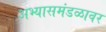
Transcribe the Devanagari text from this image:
अभ्यासमंडळावर